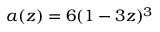
a ( z ) = 6 ( 1 - 3 z ) ^ { 3 }